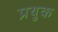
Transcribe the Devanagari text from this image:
प्रयुक